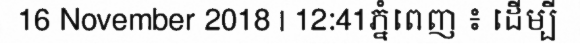
16 November 2018 | 12:41ភ្នំពេញ ៖ ដើម្បី